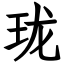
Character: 珑